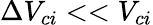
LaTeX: \Delta V_{ci}<<V_{ci}